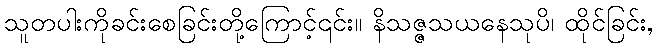
သူတပါးကိုခင်းစေခြင်းတို့ကြောင့်၎င်း။ နိသဇ္ဇသယနေသုပိ၊ ထိုင်ခြင်း,